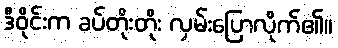
ဒီဝိုင်းက ခပ်တိုးတိုး လှမ်းပြောလိုက်၏။